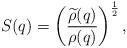
LaTeX: \begin{align*}S(q) = \left({\widetilde{\rho} (q) \over \rho(q)}\right)^{{1 \over 2}},\end{align*}